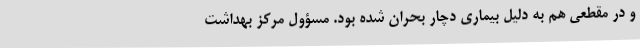
و در مقطعی هم به دلیل بیماری دچار بحران شده بود. مسؤول مرکز بهداشت